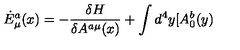
\dot { E } _ { \mu } ^ { a } ( x ) = - \frac { \delta H } { \delta A ^ { a \mu } ( x ) } + \int d ^ { 4 } y [ A _ { 0 } ^ { b } ( y )